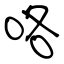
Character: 咯